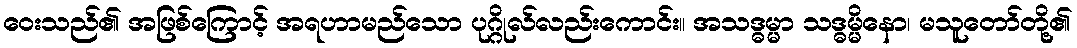
ဝေးသည်၏ အဖြစ်ကြောင့် အရဟာမည်သော ပုဂ္ဂိုလ်လည်းကောင်း။ အသဒ္ဓမ္မာ သဒ္ဓမ္မိနော၊ မသူတော်တို့၏